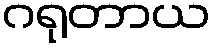
ဂရုတာယ